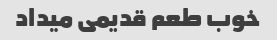
خوب طعم قدیمی میداد